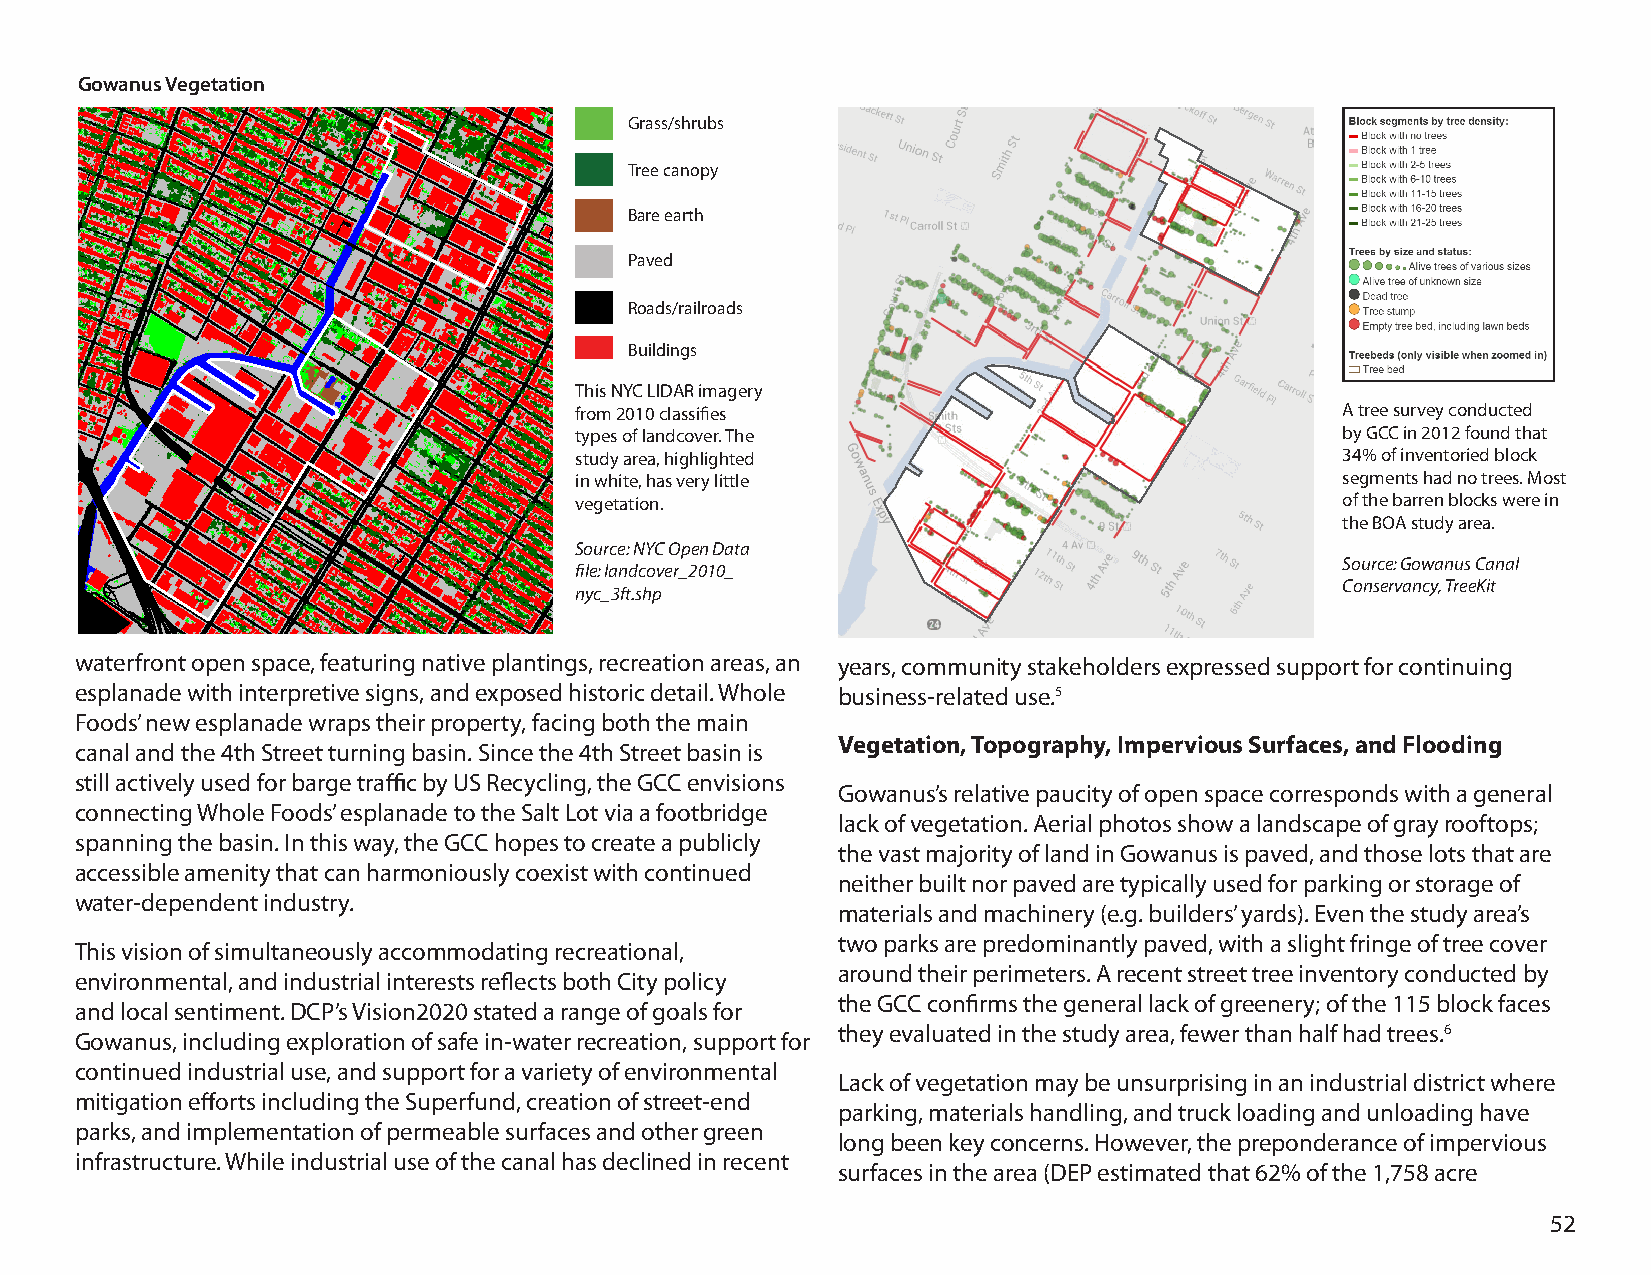
Gowanus Vegetation
 Grass/shrubs
 Tree canopy
 Bare earth
 Paved
 Roads/railroads
 Buildings
 This NYC LIDAR imagery
 from 2010 classifies                               A tree survey conducted
 types of landcover. The                            by GCC in 2012 found that
 study area, highlighted                            34% of inventoried block
 in white, has very little                          segments had no trees. Most
 vegetation.                                        of the barren blocks were in
 the BOA study area.
 Source: NYC Open Data
 Source: Gowanus Canal
 file: landcover_2010_
 Conservancy, TreeKit
 nyc_3ft.shp
 waterfront open space, featuring native plantings, recreation areas, an years, community stakeholders expressed support for continuing
 esplanade with interpretive signs, and exposed historic detail. Whole business-related use.5
 Foods’ new esplanade wraps their property, facing both the main
 Vegetation, Topography, Impervious Surfaces, and Flooding
 canal and the 4th Street turning basin. Since the 4th Street basin is
 still actively used for barge traffic by US Recycling, the GCC envisions
 Gowanus’s relative paucity of open space corresponds with a general
 connecting Whole Foods’ esplanade to the Salt Lot via a footbridge
 lack of vegetation. Aerial photos show a landscape of gray rooftops;
 spanning the basin. In this way, the GCC hopes to create a publicly
 the vast majority of land in Gowanus is paved, and those lots that are
 accessible amenity that can harmoniously coexist with continued
 neither built nor paved are typically used for parking or storage of
 water-dependent industry.
 materials and machinery (e.g. builders’ yards). Even the study area’s
 two parks are predominantly paved, with a slight fringe of tree cover
 This vision of simultaneously accommodating recreational,
 around their perimeters. A recent street tree inventory conducted by
 environmental, and industrial interests reflects both City policy
 the GCC confirms the general lack of greenery; of the 115 block faces
 and local sentiment. DCP’s Vision2020 stated a range of goals for
 they evaluated in the study area, fewer than half had trees.6
 Gowanus, including exploration of safe in-water recreation, support for
 continued industrial use, and support for a variety of environmental
 Lack of vegetation may be unsurprising in an industrial district where
 mitigation efforts including the Superfund, creation of street-end
 parking, materials handling, and truck loading and unloading have
 parks, and implementation of permeable surfaces and other green
 long been key concerns. However, the preponderance of impervious
 infrastructure. While industrial use of the canal has declined in recent
 surfaces in the area (DEP estimated that 62% of the 1,758 acre
 52